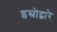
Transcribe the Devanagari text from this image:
इस्रोद्वारे